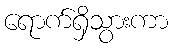
ရောက်ရှိသွားကာ